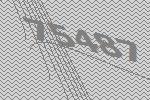
75487